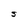
Character: S